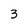
Character: 3